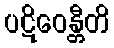
ပဋိဝေန္တီတိ